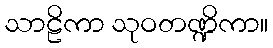
သာဠိကာ သုဝတဏ္ဍိကာ။